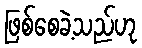
ဖြစ်စေခဲ့သည်ဟု